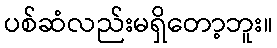
ပစ်ဆံလည်းမရှိတော့ဘူး။